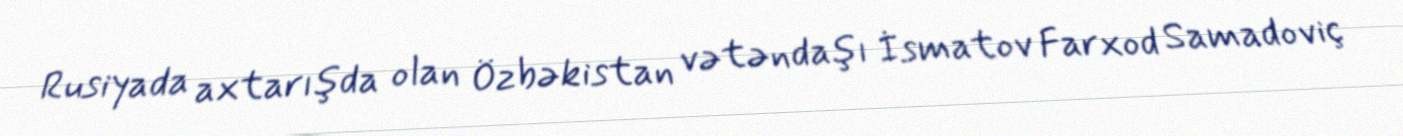
Rusiyada axtarışda olan Özbəkistan vətəndaşı İsmatov Farxod Samadoviç